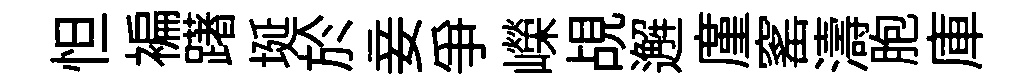
怛褊躇埏於妾爭嶸覘邂廑窰濤胞庫